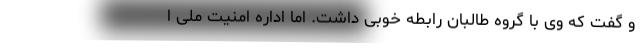
و گفت که وی با گروه طالبان رابطه خوبی داشت. اما اداره امنیت ملی ا